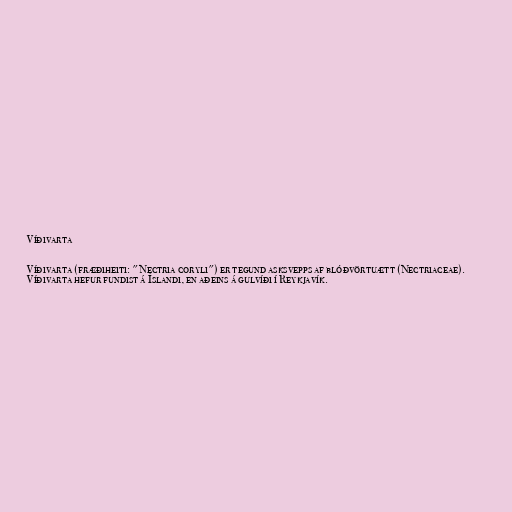
Víðivarta

Víðivarta (fræðiheiti: "Nectria coryli") er tegund asksvepps af blóðvörtuætt (Nectriaceae).
Víðivarta hefur fundist á Íslandi, en aðeins á gulvíði í Reykjavík.